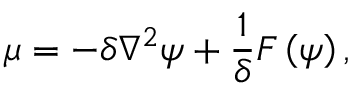
\mu = - \delta \nabla ^ { 2 } \psi + \frac { 1 } { \delta } F \left( \psi \right) ,